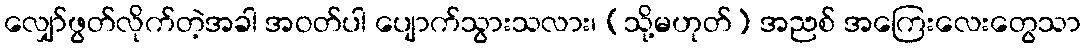
လျှော်ဖွတ်လိုက်တဲ့အခါ အဝတ်ပါ ပျောက်သွားသလား၊ (သို့မဟုတ်) အညစ် အကြေးလေးတွေသာ